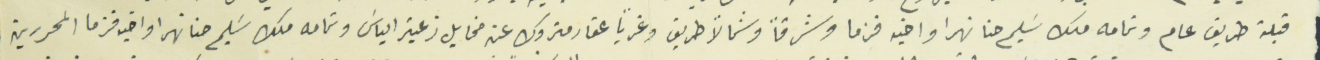
قبلة طريق عام وتمامه ملك سَليم حنا نهرا اخيه قزما وشرقاً وشمالاً طريق وغرباً عقار متروك عن مخايل زعيتر الياسَ وتمامه ملك سَليم حنا نهرا واخيه قزما المحررين